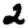
Digit: 2